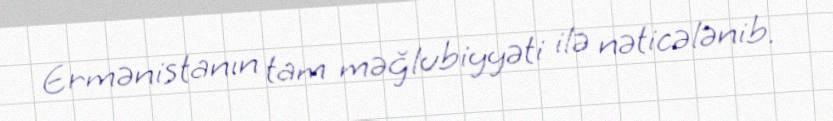
Ermənistanın tam məğlubiyyəti ilə nəticələnib.